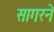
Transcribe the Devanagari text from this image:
सागरने